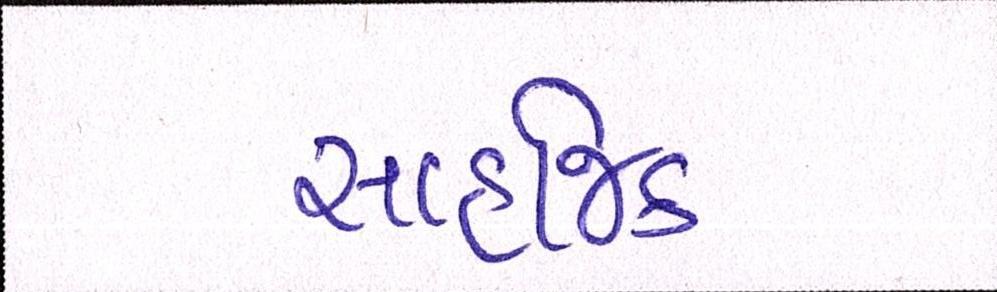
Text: સાહજિક